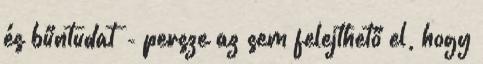
és bűntudat - persze az sem felejthető el, hogy